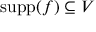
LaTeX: \operatorname { s u p p } ( f ) \subseteq V